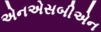
એનએસબીએન